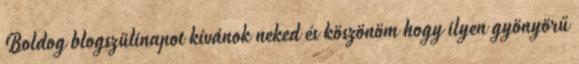
Boldog blogszülinapot kívánok neked és köszönöm hogy ilyen gyönyörű